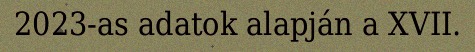
2023-as adatok alapján a XVII.